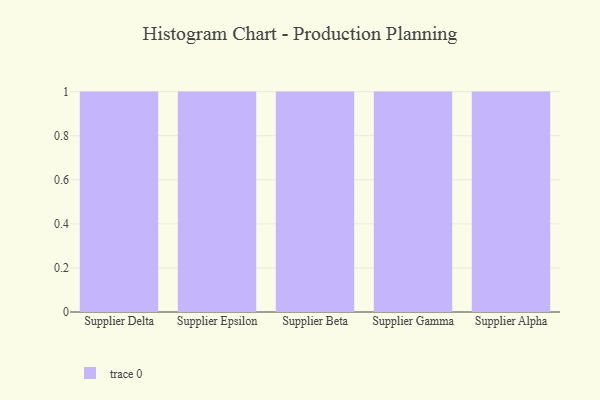
{"axis": {"x": "Supplier", "y": "Revenue (USD Million)"}, "legend": [""], "data": [{"x": "Supplier Delta", "y": 66, "type": ""}, {"x": "Supplier Epsilon", "y": 69, "type": ""}, {"x": "Supplier Beta", "y": 87, "type": ""}, {"x": "Supplier Gamma", "y": 63, "type": ""}, {"x": "Supplier Alpha", "y": 97, "type": ""}]}